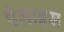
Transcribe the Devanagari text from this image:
पेलाइस